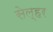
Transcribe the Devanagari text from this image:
सेल्हर